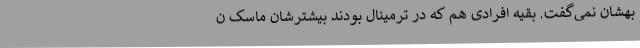
بهشان نمی‌گفت. بقیه افرادی هم که در ترمینال بودند بیشترشان ماسک ن